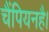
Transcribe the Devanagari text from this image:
चैंपियनहै।